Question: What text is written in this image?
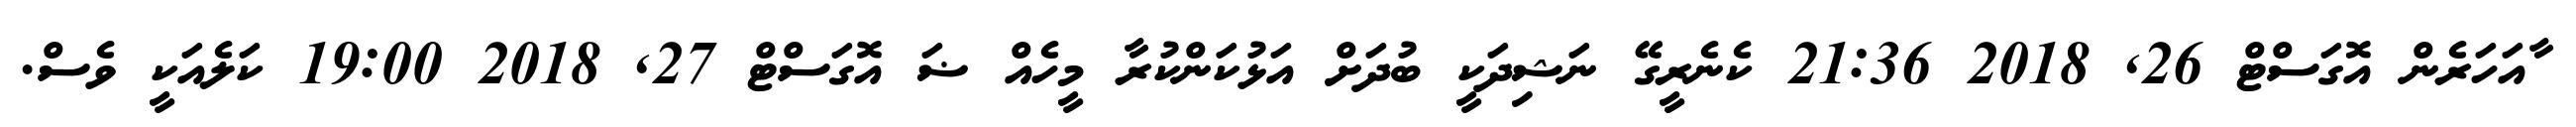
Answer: ާއަހަރެން އޮގަސްޓް 26, 2018 21:36 ކެނެރީގޭ ނަޝިދަކީ ބުދަށް އަޅުކަންކުރާ މީހެއް ޟަ އޮގަސްޓް 27, 2018 19:00 ކަލެއަކީ ވެސް.